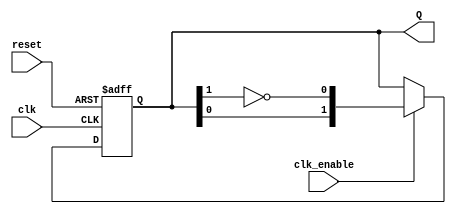
module JohnsonCounter #(parameter N = 2) (
    input wire clk,          // Clock signal
    input wire reset,        // Asynchronous reset signal
    input wire clk_enable,    // Clock enable signal
    output reg [N-1:0] Q     // Output of the counter
);

    // Always block for the Johnson counter operation
    always @(posedge clk or posedge reset) begin
        if (reset) begin
            Q <= {N{1'b0}}; // Reset all flip-flops to 0
        end else if (clk_enable) begin
            Q <= {Q[N-2:0], ~Q[N-1]}; // Shift and invert the last bit
        end
    end

endmodule